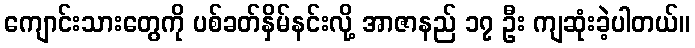
ကျောင်းသားတွေကို ပစ်ခတ်နှိမ်နင်းလို့ အာဇာနည် ၁၇ ဦး ကျဆုံးခဲ့ပါတယ်။